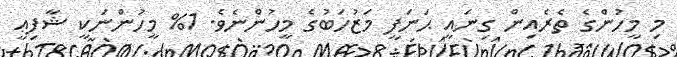
މި މީހުންގެ ތެރެއިން ގިނައީ ޙަނަފީ މަޒުހަބުގެ މީހުންނެވެ. 1% މީހުންނަކީ ޝާފިޢީ